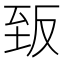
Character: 𮍡